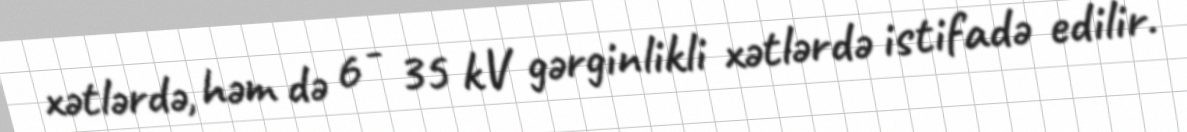
xətlərdə, həm də 6 - 35 kV gərginlikli xətlərdə istifadə edilir.